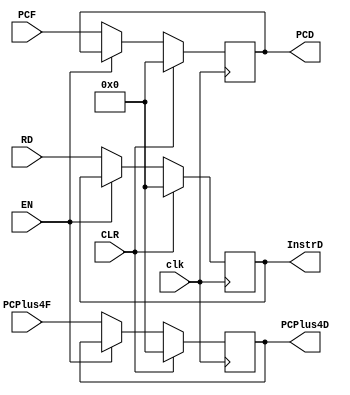
`timescale 1ns / 1ps
//////////////////////////////////////////////////////////////////////////////////
// Company: 
// Engineer: 
// 
// Design Name: 
// Module Name: fetch_register
// Project Name: 
// Target Devices: 
// Tool Versions: 
// Description: 
// 
// Dependencies: 
// 
// Revision:
// Revision 0.01 - File Created
// Additional Comments:
// 
//////////////////////////////////////////////////////////////////////////////////


module fetch_register(
input clk,
input EN,
input CLR,
input [31:0] RD,
input [31:0] PCF,
input [31:0] PCPlus4F,
output reg [31:0] InstrD,
output reg [31:0] PCD,
output reg [31:0] PCPlus4D
    );
    
    always @(posedge clk)
    begin
        if(CLR)
        begin
           InstrD <= 32'b0;
           PCD <= 32'b0;
           PCPlus4D = 32'b0;    
        end
        else if(EN)
        begin
            InstrD <= InstrD;
            PCD <= PCD;
            PCPlus4D <= PCPlus4D;
        end
        else begin
            InstrD <= RD;
            PCD <= PCF;
            PCPlus4D <= PCPlus4F;
        end
    end
    
endmodule